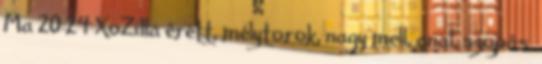
Ma 20:24 XoZilla érett, mélytorok, nagy mell, anal, szopás,